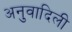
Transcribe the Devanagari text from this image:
अनुवादिली